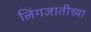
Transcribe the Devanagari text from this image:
लिंगजातीच्या